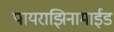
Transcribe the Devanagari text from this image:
पायराझिनामाईड